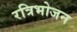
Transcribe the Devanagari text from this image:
रत्रिभोजन